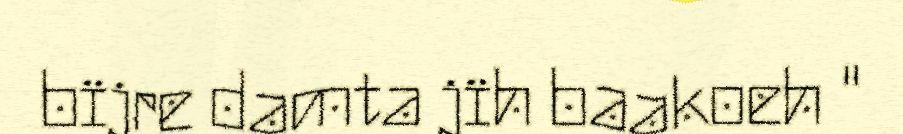
bïjre damta jïh baakoeh "